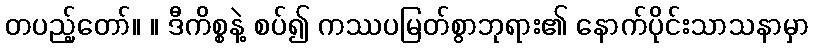
တပည့်တော်။ ။ ဒီကိစ္စနဲ့ စပ်၍ ကဿပမြတ်စွာဘုရား၏ နောက်ပိုင်းသာသနာမှာ